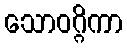
သောဝဂ္ဂိကာ